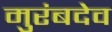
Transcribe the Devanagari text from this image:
मुरंबदेव